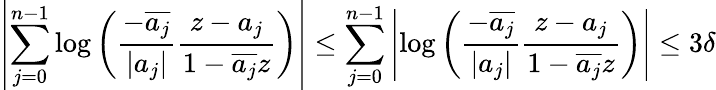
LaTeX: \left|\sum_{j=0}^{n-1}\log\left(\frac{-\overline{{a_{j}}}}{|a_{j}|}\frac{z-a_{j}}{1-\overline{{a_{j}}}z}\right)\right|\leq\sum_{j=0}^{n-1}\left|\log\left(\frac{-\overline{{a_{j}}}}{|a_{j}|}\frac{z-a_{j}}{1-\overline{{a_{j}}}z}\right)\right|\leq 3\delta